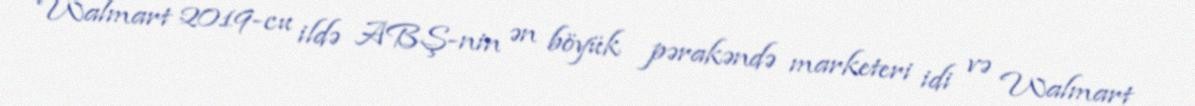
Walmart 2019-cu ildə ABŞ-nin ən böyük pərakəndə marketeri idi və Walmart